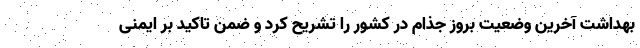
بهداشت آخرین وضعیت بروز جذام در کشور را تشریح کرد و ضمن تاکید بر ایمنی